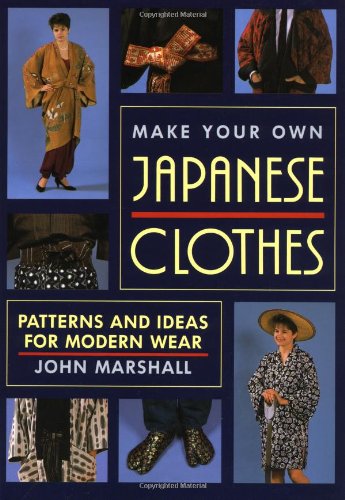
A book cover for Make Your Own Japanese Clothes: Patterns and Ideas for Modern Wear; John Marshall; Cookbooks, Food & Wine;